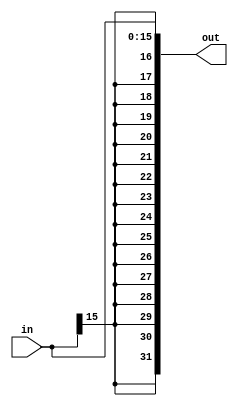
module sign_ex(in, out);

    input [15:0] in;
    output[31:0] out;

   assign out = {{16{in[15]}}, in};

endmodule